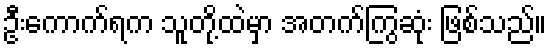
ဦးကောက်ရက သူတို့ထဲမှာ အတက်ကြွဆုံး ဖြစ်သည်။